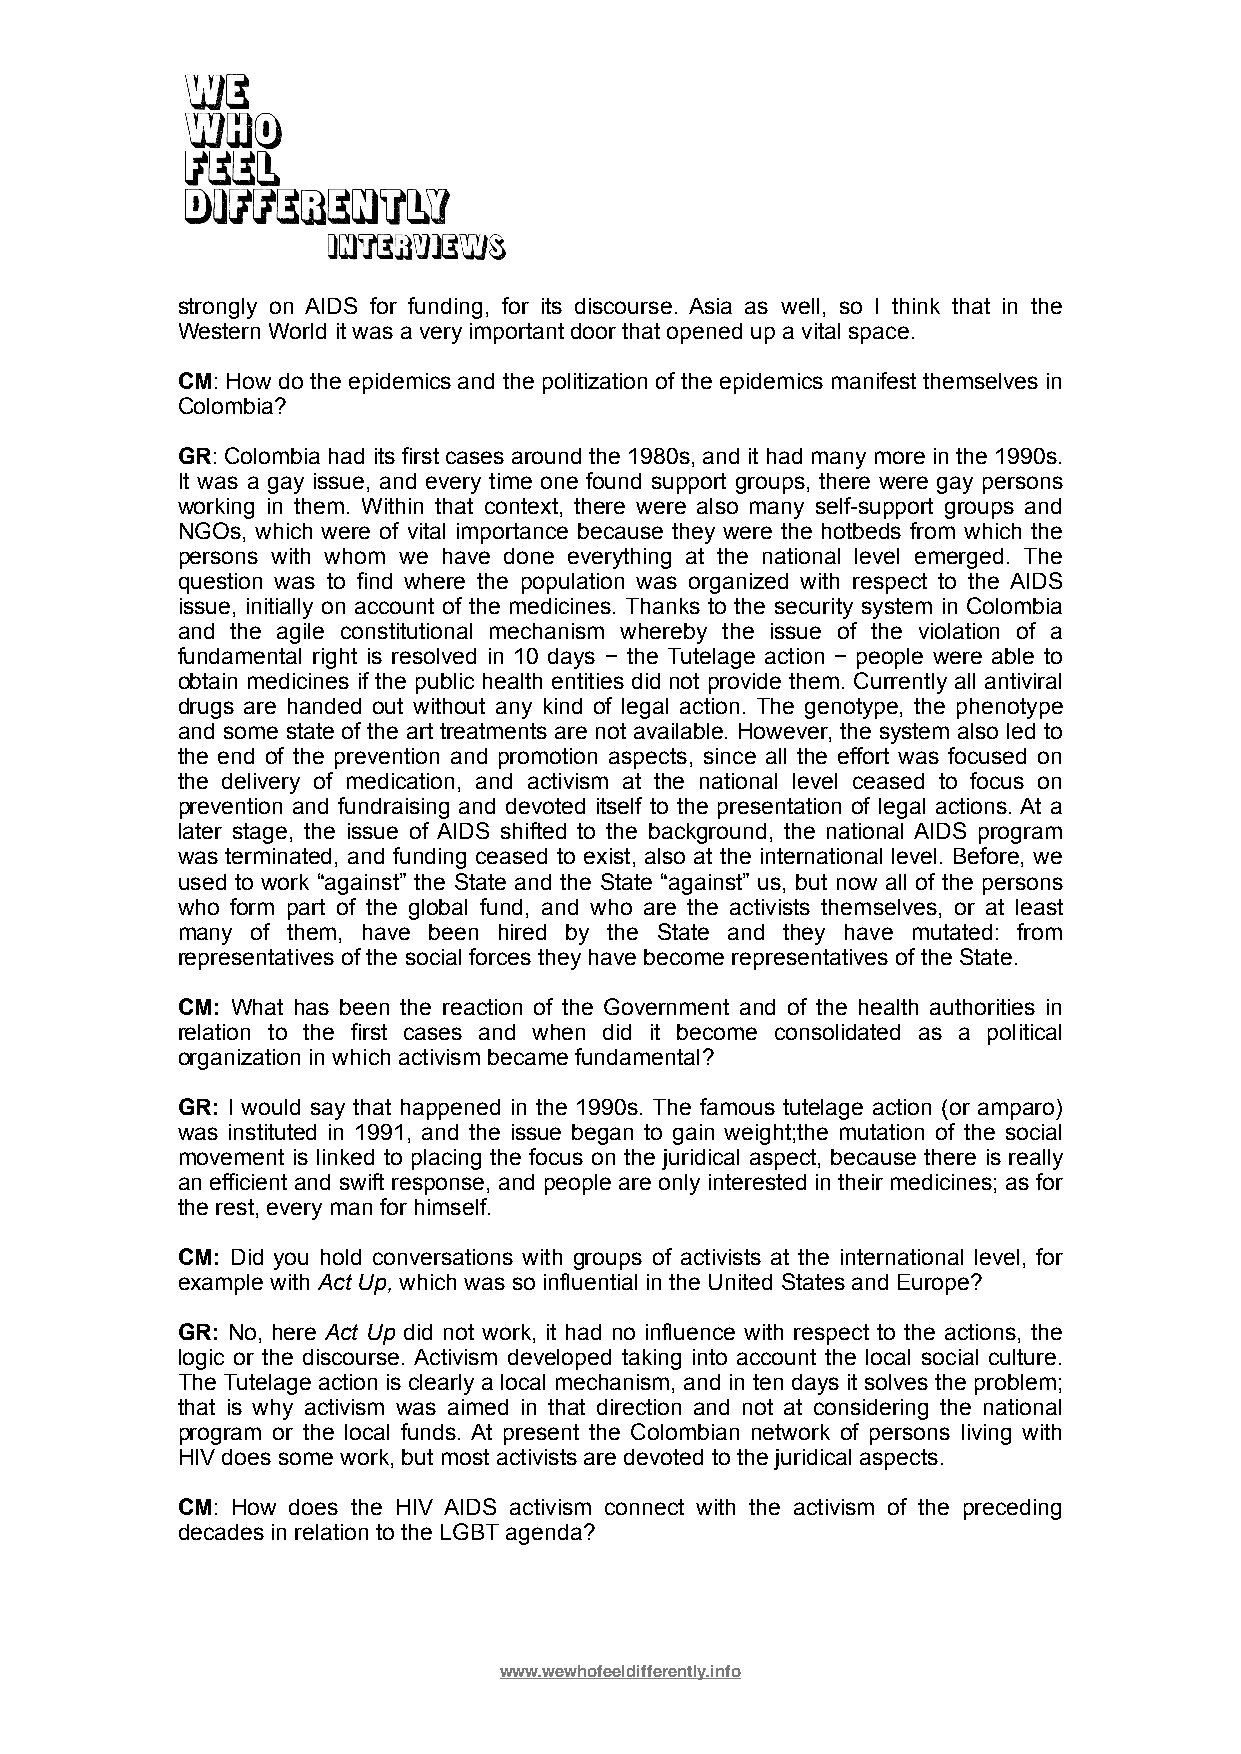
strongly on AIDS for funding, for its discourse. Asia as well, so I think that in the
 Western World it was a very important door that opened up a vital space.
 CM: How do the epidemics and the politization of the epidemics manifest themselves in
 Colombia?
 GR: Colombia had its first cases around the 1980s, and it had many more in the 1990s.
 It was a gay issue, and every time one found support groups, there were gay persons
 working in them. Within that context, there were also many self-support groups and
 NGOs, which were of vital importance because they were the hotbeds from which the
 persons with whom we have done everything at the national level emerged. The
 question was to find where the population was organized with respect to the AIDS
 issue, initially on account of the medicines. Thanks to the security system in Colombia
 and the agile constitutional mechanism whereby the issue of the violation of a
 fundamental right is resolved in 10 days − the Tutelage action − people were able to
 obtain medicines if the public health entities did not provide them. Currently all antiviral
 drugs are handed out without any kind of legal action. The genotype, the phenotype
 and some state of the art treatments are not available. However, the system also led to
 the end of the prevention and promotion aspects, since all the effort was focused on
 the delivery of medication, and activism at the national level ceased to focus on
 prevention and fundraising and devoted itself to the presentation of legal actions. At a
 later stage, the issue of AIDS shifted to the background, the national AIDS program
 was terminated, and funding ceased to exist, also at the international level. Before, we
 used to work “against” the State and the State “against” us, but now all of the persons
 who form part of the global fund, and who are the activists themselves, or at least
 many of them, have been hired by the State and they have mutated: from
 representatives of the social forces they have become representatives of the State.
 CM: What has been the reaction of the Government and of the health authorities in
 relation to the first cases and when did it become consolidated as a political
 organization in which activism became fundamental?
 GR: I would say that happened in the 1990s. The famous tutelage action (or amparo)
 was instituted in 1991, and the issue began to gain weight;the mutation of the social
 movement is linked to placing the focus on the juridical aspect, because there is really
 an efficient and swift response, and people are only interested in their medicines; as for
 the rest, every man for himself.
 CM: Did you hold conversations with groups of activists at the international level, for
 example with Act Up, which was so influential in the United States and Europe?
 GR: No, here Act Up did not work, it had no influence with respect to the actions, the
 logic or the discourse. Activism developed taking into account the local social culture.
 The Tutelage action is clearly a local mechanism, and in ten days it solves the problem;
 that is why activism was aimed in that direction and not at considering the national
 program or the local funds. At present the Colombian network of persons living with
 HIV does some work, but most activists are devoted to the juridical aspects.
 CM: How does the HIV AIDS activism connect with the activism of the preceding
 decades in relation to the LGBT agenda?
 www.wewhofeeldifferently.info